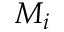
M _ { i }